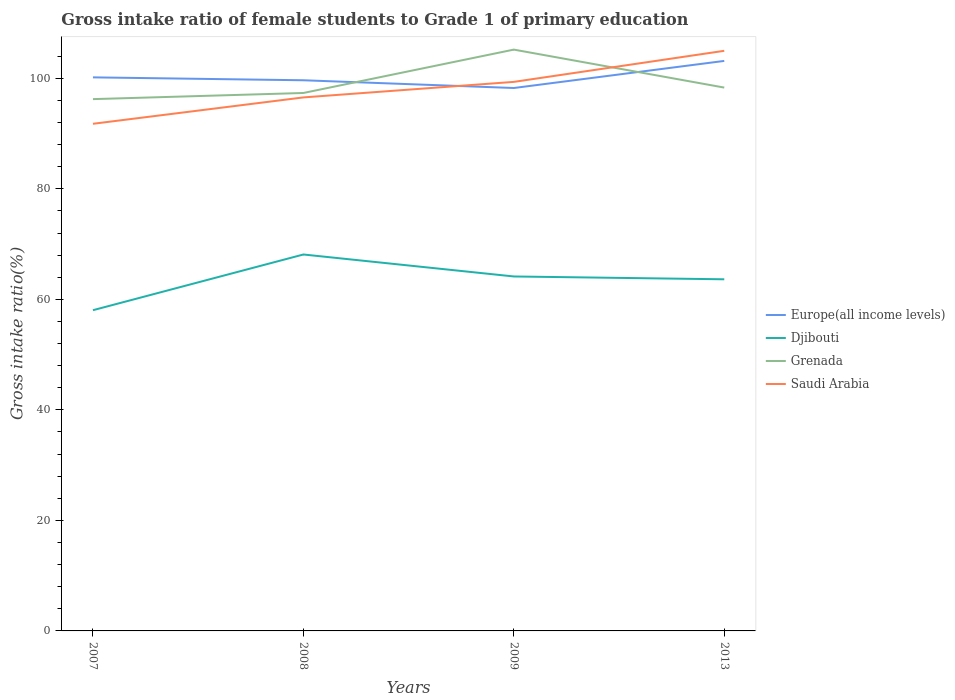
| Years | Europe(all income levels) | Djibouti | Grenada | Saudi Arabia |
 | --- | --- | --- | --- | --- |
 | 2007 | 100 | 58 | 96.2 | 91.8 |
 | 2008 | 99.7 | 68.1 | 97.4 | 96.6 |
 | 2009 | 98.3 | 64.1 | 105 | 99.4 |
 | 2013 | 103 | 63.6 | 98.3 | 105 |